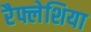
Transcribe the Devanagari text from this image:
रैफ्लेशिया